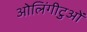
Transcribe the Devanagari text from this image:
ओलिंगीटुओं